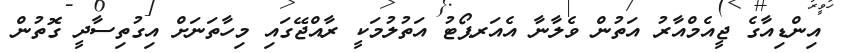
އިންޑިއާގެ ޖީއެމްއާރު އަތުން ވެލާނާ އެއަރޕޯޓު އަތުލުމަކީ ރާއްޖޭގައި މިހާތަނަށް އިގުތިސާދީ ގޮތުން